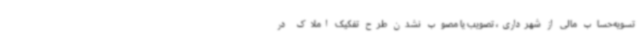
تسویه‌حساب مالی از شهرداری، تصویب یا مصوب نشدن طرح تفکیک املاک در